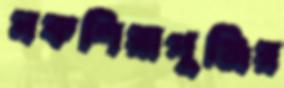
নকশিয়াপুঞ্জির